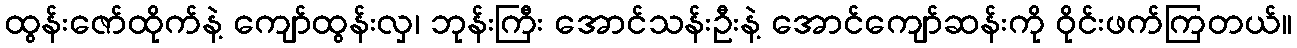
ထွန်းဇော်ထိုက်နဲ့ ကျော်ထွန်းလှ၊ ဘုန်းကြီး အောင်သန်းဦးနဲ့ အောင်ကျော်ဆန်းကို ဝိုင်းဖက်ကြတယ်။